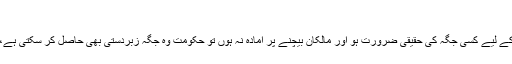
”
کسی کی چیز زبر دستی لینے کی چوتھی صورت یہ ہے کہ حکومت کو عوامی مقاصد کے لیے کسی جگہ کی حقیقی ضرورت ہو اور مالکان بیچنے پر آمادہ نہ ہوں تو حکومت وہ جگہ زبردستی بھی حاصل کر سکتی ہے، تاہم حکومت پر فرض ہو گا کہ مالکان کو مارکیٹ ریٹ کے حساب سے ادائیگی کرے۔